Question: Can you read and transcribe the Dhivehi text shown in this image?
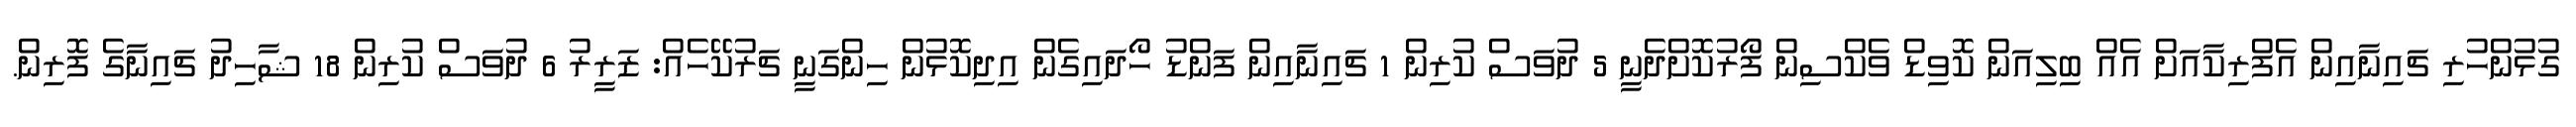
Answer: ގުޅުންހުރި ޗައިނާއިން އެފްރިކާއަށް އެއް ބިލިއަން ކޮވިޑް ވެކްސިން ފޯރުކޮށްދެނީ 5 ދުވަސް ކުރިން 1 ޗައިނާއިން ފަންޑު ހޯދައިގެން އިދިކޮޅުން ހިންގަނީ ޗަރުކޭހެއް: ޒަރީރު 6 ދުވަސް ކުރިން 18 ޝާހިދު ޗައިނާގެ ފޮރިން.